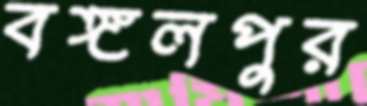
বঙ্গলপুর